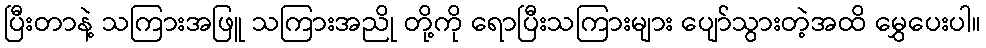
ပြီးတာနဲ့ သကြားအဖြူ သကြားအညို တို့ကို ရောပြီးသကြားများ ပျော်သွားတဲ့အထိ မွှေပေးပါ။